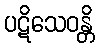
ပဋိသေဝန္တိ